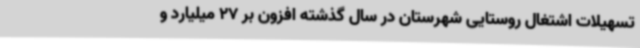
تسهیلات اشتغال روستایی شهرستان در سال گذشته افزون بر 27 میلیارد و